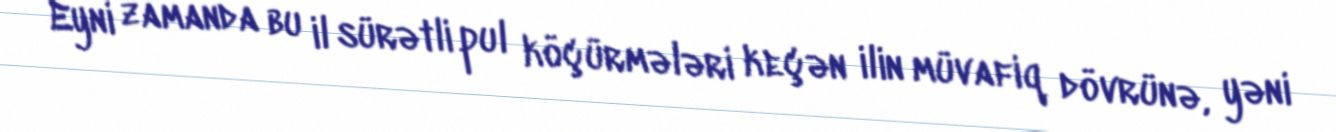
Eyni zamanda bu il sürətli pul köçürmələri keçən ilin müvafiq dövrünə, yəni